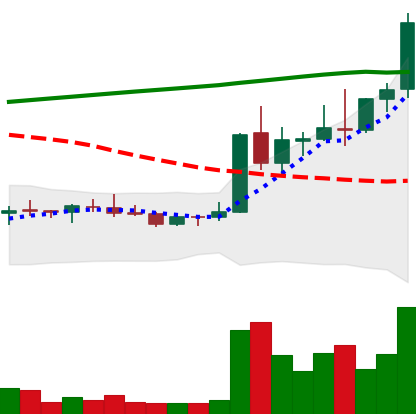
Ticker: DOGE-USD
Chart end date: 2021-08-15
Forward return: -4.086%
Label: down_3_5